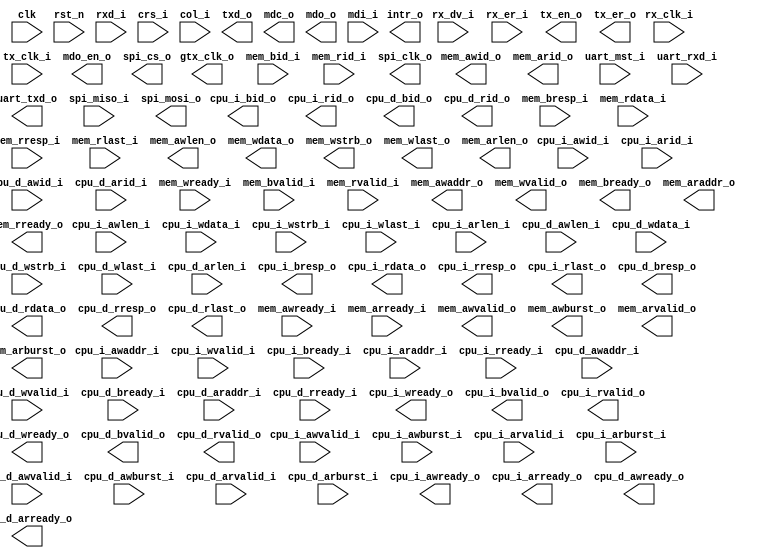
/*+
 * Copyright (c) 2022-2024 Zhengde
 * 
 * All rights reserved.
 * 
 * Redistribution and use in source and binary forms, with or without
 * modification, are permitted provided that the following conditions are met:
 * 
 * 1 Redistributions of source code must retain the above copyright notice, this
 *   list of conditions and the following disclaimer.
 * 
 * 2 Redistributions in binary form must reproduce the above copyright notice,
 *   this list of conditions and the following disclaimer in the documentation
 *   and/or other materials provided with the distribution.
 * 
 * 3 Neither the name of the copyright holder nor the names of its
 *   contributors may be used to endorse or promote products derived from
 *   this software without specific prior written permission.
 * 
 * THIS SOFTWARE IS PROVIDED BY THE COPYRIGHT HOLDERS AND CONTRIBUTORS "AS IS"
 * AND ANY EXPRESS OR IMPLIED WARRANTIES, INCLUDING, BUT NOT LIMITED TO, THE
 * IMPLIED WARRANTIES OF MERCHANTABILITY AND FITNESS FOR A PARTICULAR PURPOSE ARE
 * DISCLAIMED. IN NO EVENT SHALL THE COPYRIGHT HOLDER OR CONTRIBUTORS BE LIABLE
 * FOR ANY DIRECT, INDIRECT, INCIDENTAL, SPECIAL, EXEMPLARY, OR CONSEQUENTIAL
 * DAMAGES (INCLUDING, BUT NOT LIMITED TO, PROCUREMENT OF SUBSTITUTE GOODS OR
 * SERVICES; LOSS OF USE, DATA, OR PROFITS; OR BUSINESS INTERRUPTION) HOWEVER
 * CAUSED AND ON ANY THEORY OF LIABILITY, WHETHER IN CONTRACT, STRICT LIABILITY,
 * OR TORT (INCLUDING NEGLIGENCE OR OTHERWISE) ARISING IN ANY WAY OUT OF THE USE
 * OF THIS SOFTWARE, EVEN IF ADVISED OF THE POSSIBILITY OF SUCH DAMAGE.
-*/

/*+
 * interconnection of bus matrix and devices
-*/

module dev_matrix
(
    input           clk        ,
    input           rst_n      ,

    // AXI4 interface to risc-v CPU core
    input           cpu_i_awvalid_i    ,
    input  [ 31:0]  cpu_i_awaddr_i     ,
    input  [  3:0]  cpu_i_awid_i       ,
    input  [  7:0]  cpu_i_awlen_i      ,
    input  [  1:0]  cpu_i_awburst_i    ,
    input           cpu_i_wvalid_i     ,
    input  [ 31:0]  cpu_i_wdata_i      ,
    input  [  3:0]  cpu_i_wstrb_i      ,
    input           cpu_i_wlast_i      ,
    input           cpu_i_bready_i     ,
    input           cpu_i_arvalid_i    ,
    input  [ 31:0]  cpu_i_araddr_i     ,
    input  [  3:0]  cpu_i_arid_i       ,
    input  [  7:0]  cpu_i_arlen_i      ,
    input  [  1:0]  cpu_i_arburst_i    ,
    input           cpu_i_rready_i     ,
                                        
    input           cpu_d_awvalid_i    ,
    input  [ 31:0]  cpu_d_awaddr_i     ,
    input  [  3:0]  cpu_d_awid_i       ,
    input  [  7:0]  cpu_d_awlen_i      ,
    input  [  1:0]  cpu_d_awburst_i    ,
    input           cpu_d_wvalid_i     ,
    input  [ 31:0]  cpu_d_wdata_i      ,
    input  [  3:0]  cpu_d_wstrb_i      ,
    input           cpu_d_wlast_i      ,
    input           cpu_d_bready_i     ,
    input           cpu_d_arvalid_i    ,
    input  [ 31:0]  cpu_d_araddr_i     ,
    input  [  3:0]  cpu_d_arid_i       ,
    input  [  7:0]  cpu_d_arlen_i      ,
    input  [  1:0]  cpu_d_arburst_i    ,
    input           cpu_d_rready_i     ,

    output          cpu_i_awready_o    ,
    output          cpu_i_wready_o     ,
    output          cpu_i_bvalid_o     ,
    output [  1:0]  cpu_i_bresp_o      ,
    output [  3:0]  cpu_i_bid_o        ,
    output          cpu_i_arready_o    ,
    output          cpu_i_rvalid_o     ,
    output [ 31:0]  cpu_i_rdata_o      ,
    output [  1:0]  cpu_i_rresp_o      ,
    output [  3:0]  cpu_i_rid_o        ,
    output          cpu_i_rlast_o      ,
                                        
    output          cpu_d_awready_o    ,
    output          cpu_d_wready_o     ,
    output          cpu_d_bvalid_o     ,
    output [  1:0]  cpu_d_bresp_o      ,
    output [  3:0]  cpu_d_bid_o        ,
    output          cpu_d_arready_o    ,
    output          cpu_d_rvalid_o     ,
    output [ 31:0]  cpu_d_rdata_o      ,
    output [  1:0]  cpu_d_rresp_o      ,
    output [  3:0]  cpu_d_rid_o        ,
    output          cpu_d_rlast_o      ,

    // Ethernet PHY GMII/MII rx interface
    input           rx_clk_i   ,
    input           rx_dv_i    , 
    input           rx_er_i    , 
    input  [7:0]    rxd_i      , 
    input           crs_i      ,    //carrier sense from PHY
    input           col_i      ,    //collision from PHY
      
    // Ethernet PHY GMII/MII tx interface
    output          gtx_clk_o  ,    //used only in GMII mode, from MAC to PHY
    input           tx_clk_i   ,    //used only in MII mode, from PHY to MAc
    output          tx_en_o    ,
    output          tx_er_o    ,
    output [7:0]    txd_o      ,

    // Ethernet PHY mdio interface
    output          mdc_o      ,    //mdio clock
    output          mdo_en_o   ,    //mdio output enable
    output          mdo_o      ,    //mdio serial data output
    input           mdi_i      ,    //mdio serial data input

    // AXI4 interface to external memory (SDRAM or DDR3 SDRAM)
    input           mem_awready_i ,
    input           mem_wready_i  ,
    input           mem_bvalid_i  ,
    input  [  1:0]  mem_bresp_i   ,
    input  [  3:0]  mem_bid_i     ,
    input           mem_arready_i ,
    input           mem_rvalid_i  ,
    input  [ 31:0]  mem_rdata_i   ,
    input  [  1:0]  mem_rresp_i   ,
    input  [  3:0]  mem_rid_i     ,
    input           mem_rlast_i   ,

    output          mem_awvalid_o ,
    output [ 31:0]  mem_awaddr_o  ,
    output [  3:0]  mem_awid_o    ,
    output [  7:0]  mem_awlen_o   ,
    output [  1:0]  mem_awburst_o ,
    output          mem_wvalid_o  ,
    output [ 31:0]  mem_wdata_o   ,
    output [  3:0]  mem_wstrb_o   ,
    output          mem_wlast_o   ,
    output          mem_bready_o  ,
    output          mem_arvalid_o ,
    output [ 31:0]  mem_araddr_o  ,
    output [  3:0]  mem_arid_o    ,
    output [  7:0]  mem_arlen_o   ,
    output [  1:0]  mem_arburst_o ,
    output          mem_rready_o  ,

    // UART interface
    input           uart_mst_i ,    //0: Normal slave operation, 1: UART as AXI4 bus master 
    input           uart_rxd_i ,
    output          uart_txd_o ,    

    // SPI interface
    output          spi_clk_o  ,
    output          spi_cs_o   ,
    input           spi_miso_i ,
    output          spi_mosi_o ,

    // Interrupt 
    output          intr_o
);


endmodule